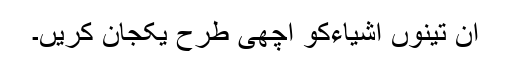
ان تینوں اشیاءکو اچھی طرح یکجان کریں۔